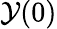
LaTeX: \mathcal{Y}(0)